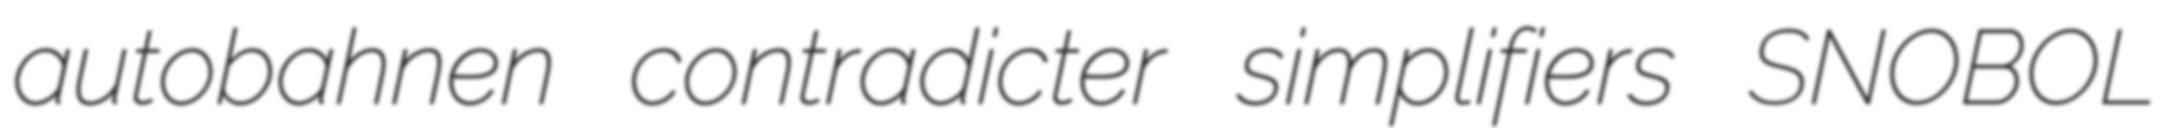
autobahnen contradicter simplifiers SNOBOL